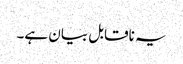
یہ ناقابل بیان ہے۔